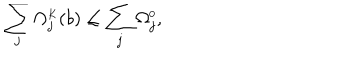
LaTeX: \sum _ { j } \Omega _ { j } ^ { \scriptscriptstyle K } ( b ) \leq \sum _ { j } \Omega _ { j } ^ { \scriptscriptstyle 0 } ,